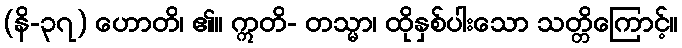
(နိ-၃၇) ဟောတိ၊ ၏။ ဣတိ- တသ္မာ၊ ထိုနှစ်ပါးသော သတ္တိကြောင့်။